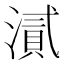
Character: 𭲘